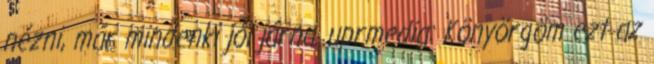
nézni, már mindenki jól járna. uprmedia: Könyörgöm ezt az